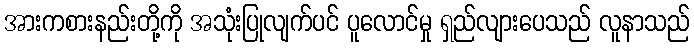
အားကစားနည်းတို့ကို အသုံးပြုလျက်ပင် ပူလောင်မှု ရှည်လျားပေသည် လူနာသည်